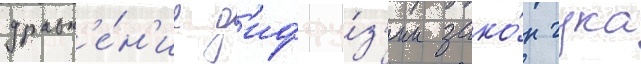
уравн'е́н'ие д'иффу́з'ии зако́н гука